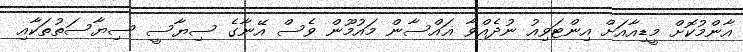
އާންމުކޮށް މީޑިއާއަށް އިންޓަވިއު ނުދެއްވާ ޣައްސާން މައުމޫން ވެސް އޭނާގެ ސިޔާސީ ސިޔާސަތުތަކާއި